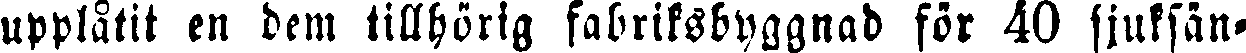
upplåtit en dem tillhörig fabriksbyggnad för 40 sjuksän-